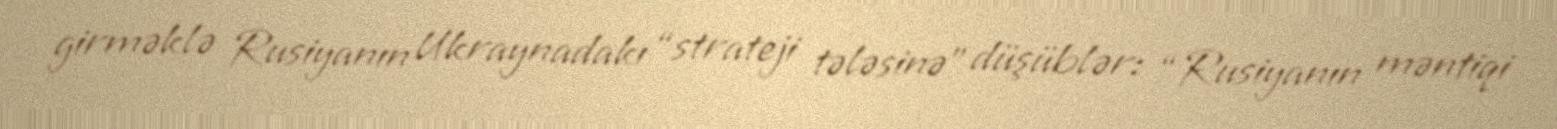
girməklə Rusiyanın Ukraynadakı “strateji tələsinə” düşüblər: “Rusiyanın məntiqi